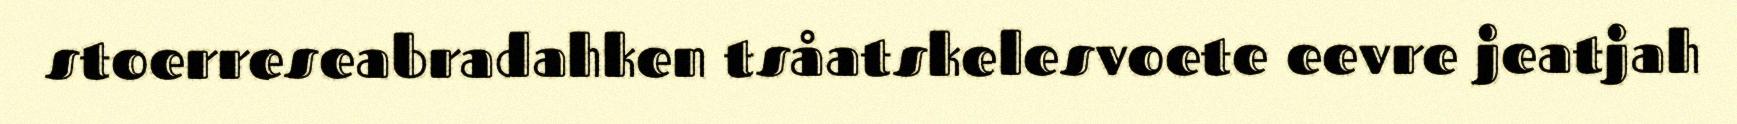
stoerreseabradahken tsåatskelesvoete eevre jeatjah